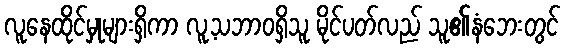
လူနေထိုင်မှုများရှိကာ လူ့သဘာဝရှိသူ မိုင်ပတ်လည် သူ၏နံဘေးတွင်